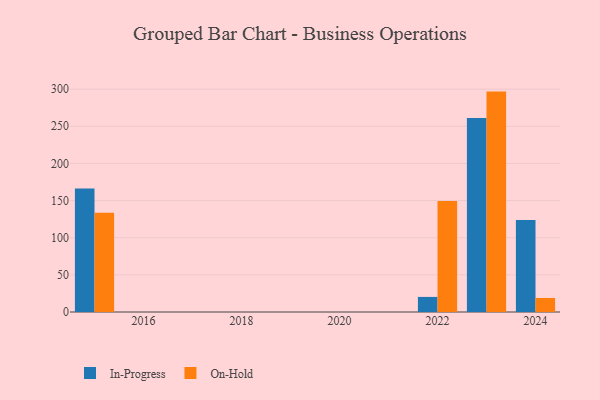
{"axis": {"x": "Year", "y": "Production Output"}, "legend": ["In-Progress", "On-Hold"], "data": [{"x": "2024", "y": 123.7, "type": "In-Progress"}, {"x": "2024", "y": 18.9, "type": "On-Hold"}, {"x": "2023", "y": 261.1, "type": "In-Progress"}, {"x": "2023", "y": 296.7, "type": "On-Hold"}, {"x": "2015", "y": 166.1, "type": "In-Progress"}, {"x": "2015", "y": 133.5, "type": "On-Hold"}, {"x": "2022", "y": 20.3, "type": "In-Progress"}, {"x": "2022", "y": 149.3, "type": "On-Hold"}]}